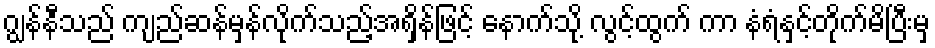
ဂျွန်နီသည် ကျည်ဆန်မှန်လိုက်သည့်အရှိန်ဖြင့် နောက်သို့ လွင့်ထွက် ကာ နံရံနှင့်တိုက်မိပြီးမှ